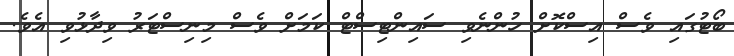
ބޯޓުގައި ވެސް އިސްކޮށް ހުންނެވި ސައިންޓިސްޓް ކަމަށް ވެސް މިނިސްޓަރު ވިދާޅުވި އެވެ.